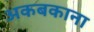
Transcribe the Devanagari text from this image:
अकबकाना